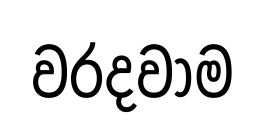
වරදවාම